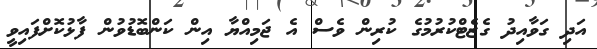
އަދި ގަވާއިދު ގެޒެޓްކުރުމުގެ ކުރިން ވެސް އެ ޖަމިއްޔާ އިން ކަންބޮޑުވުން ފާޅުކޮށްފައިވީ